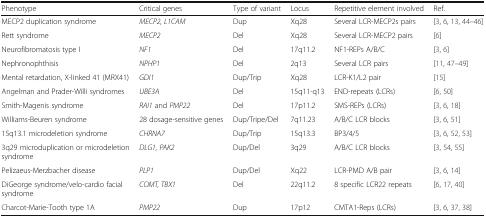
<table><thead><tr><td><b>Phenotype</b></td><td><b>Critical genes</b></td><td><b>Type of variant</b></td><td><b>Locus</b></td><td><b>Repetitive element involved</b></td><td><b>Ref.</b></td></tr></thead><tbody><tr><td>MECP2 duplication syndrome</td><td><i>MECP2, L1CAM</i></td><td>Dup</td><td>Xq28</td><td>Several LCR-MECP2s pairs</td><td>[3, 6, 13, 44–46]</td></tr><tr><td>Rett syndrome</td><td><i>MECP2</i></td><td>Del</td><td>Xq28</td><td>Several LCR-MECP2 pairs</td><td>[6]</td></tr><tr><td>Neurofibromatosis type I</td><td><i>NF1</i></td><td>Del</td><td>17q11.2</td><td>NF1-REPs A/B/C</td><td>[3, 6]</td></tr><tr><td>Nephronophthisis</td><td><i>NPHP1</i></td><td>Del</td><td>2q13</td><td>Several LCR pairs</td><td>[11, 47–49]</td></tr><tr><td>Mental retardation, X-linked 41 (MRX41)</td><td><i>GDI1</i></td><td>Dup/Trip</td><td>Xq28</td><td>LCR-K1/L2 pair</td><td>[15]</td></tr><tr><td>Angelman and Prader-Willi syndromes</td><td><i>UBE3A</i></td><td>Del</td><td>15q11-q13</td><td>END-repeats (LCRs)</td><td>[6, 50]</td></tr><tr><td>Smith-Magenis syndrome</td><td><i>RAI1</i> and <i>PMP22</i></td><td>Del</td><td>17p11.2</td><td>SMS-REPs (LCRs)</td><td>[3, 6, 18]</td></tr><tr><td>Williams-Beuren syndrome</td><td>28 dosage-sensitive genes</td><td>Dup/Tripe/Del</td><td>7q11.23</td><td>A/B/C LCR blocks</td><td>[3, 6, 51]</td></tr><tr><td>15q13.1 microdeletion syndrome</td><td><i>CHRNA7</i></td><td>Dup/Trip</td><td>15q13.3</td><td>BP3/4/5</td><td>[3, 6, 52, 53]</td></tr><tr><td>3q29 microduplication or microdeletion syndrome</td><td><i>DLG1, PAK2</i></td><td>Dup/Del</td><td>3q29</td><td>A/B/C LCR blocks</td><td>[3, 54, 55]</td></tr><tr><td>Pelizaeus-Merzbacher disease</td><td><i>PLP1</i></td><td>Dup/Del</td><td>Xq22</td><td>LCR-PMD A/B pair</td><td>[3, 6, 14]</td></tr><tr><td>DiGeorge syndrome/velo-cardio facial syndrome</td><td><i>COMT, TBX1</i></td><td>Del</td><td>22q11.2</td><td>8 specific LCR22 repeats</td><td>[6, 17, 40]</td></tr><tr><td>Charcot-Marie-Tooth type 1A</td><td><i>PMP22</i></td><td>Dup</td><td>17p12</td><td>CMTA1-Reps (LCRs)</td><td>[3, 6, 37, 38]</td></tr></tbody></table>